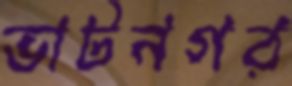
ভাটনগর